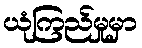
ယုံကြည်မှုမှာ